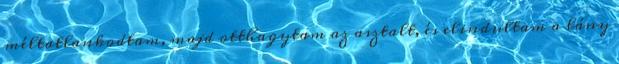
méltatlankodtam, majd otthagytam az asztalt, és elindultam a lány